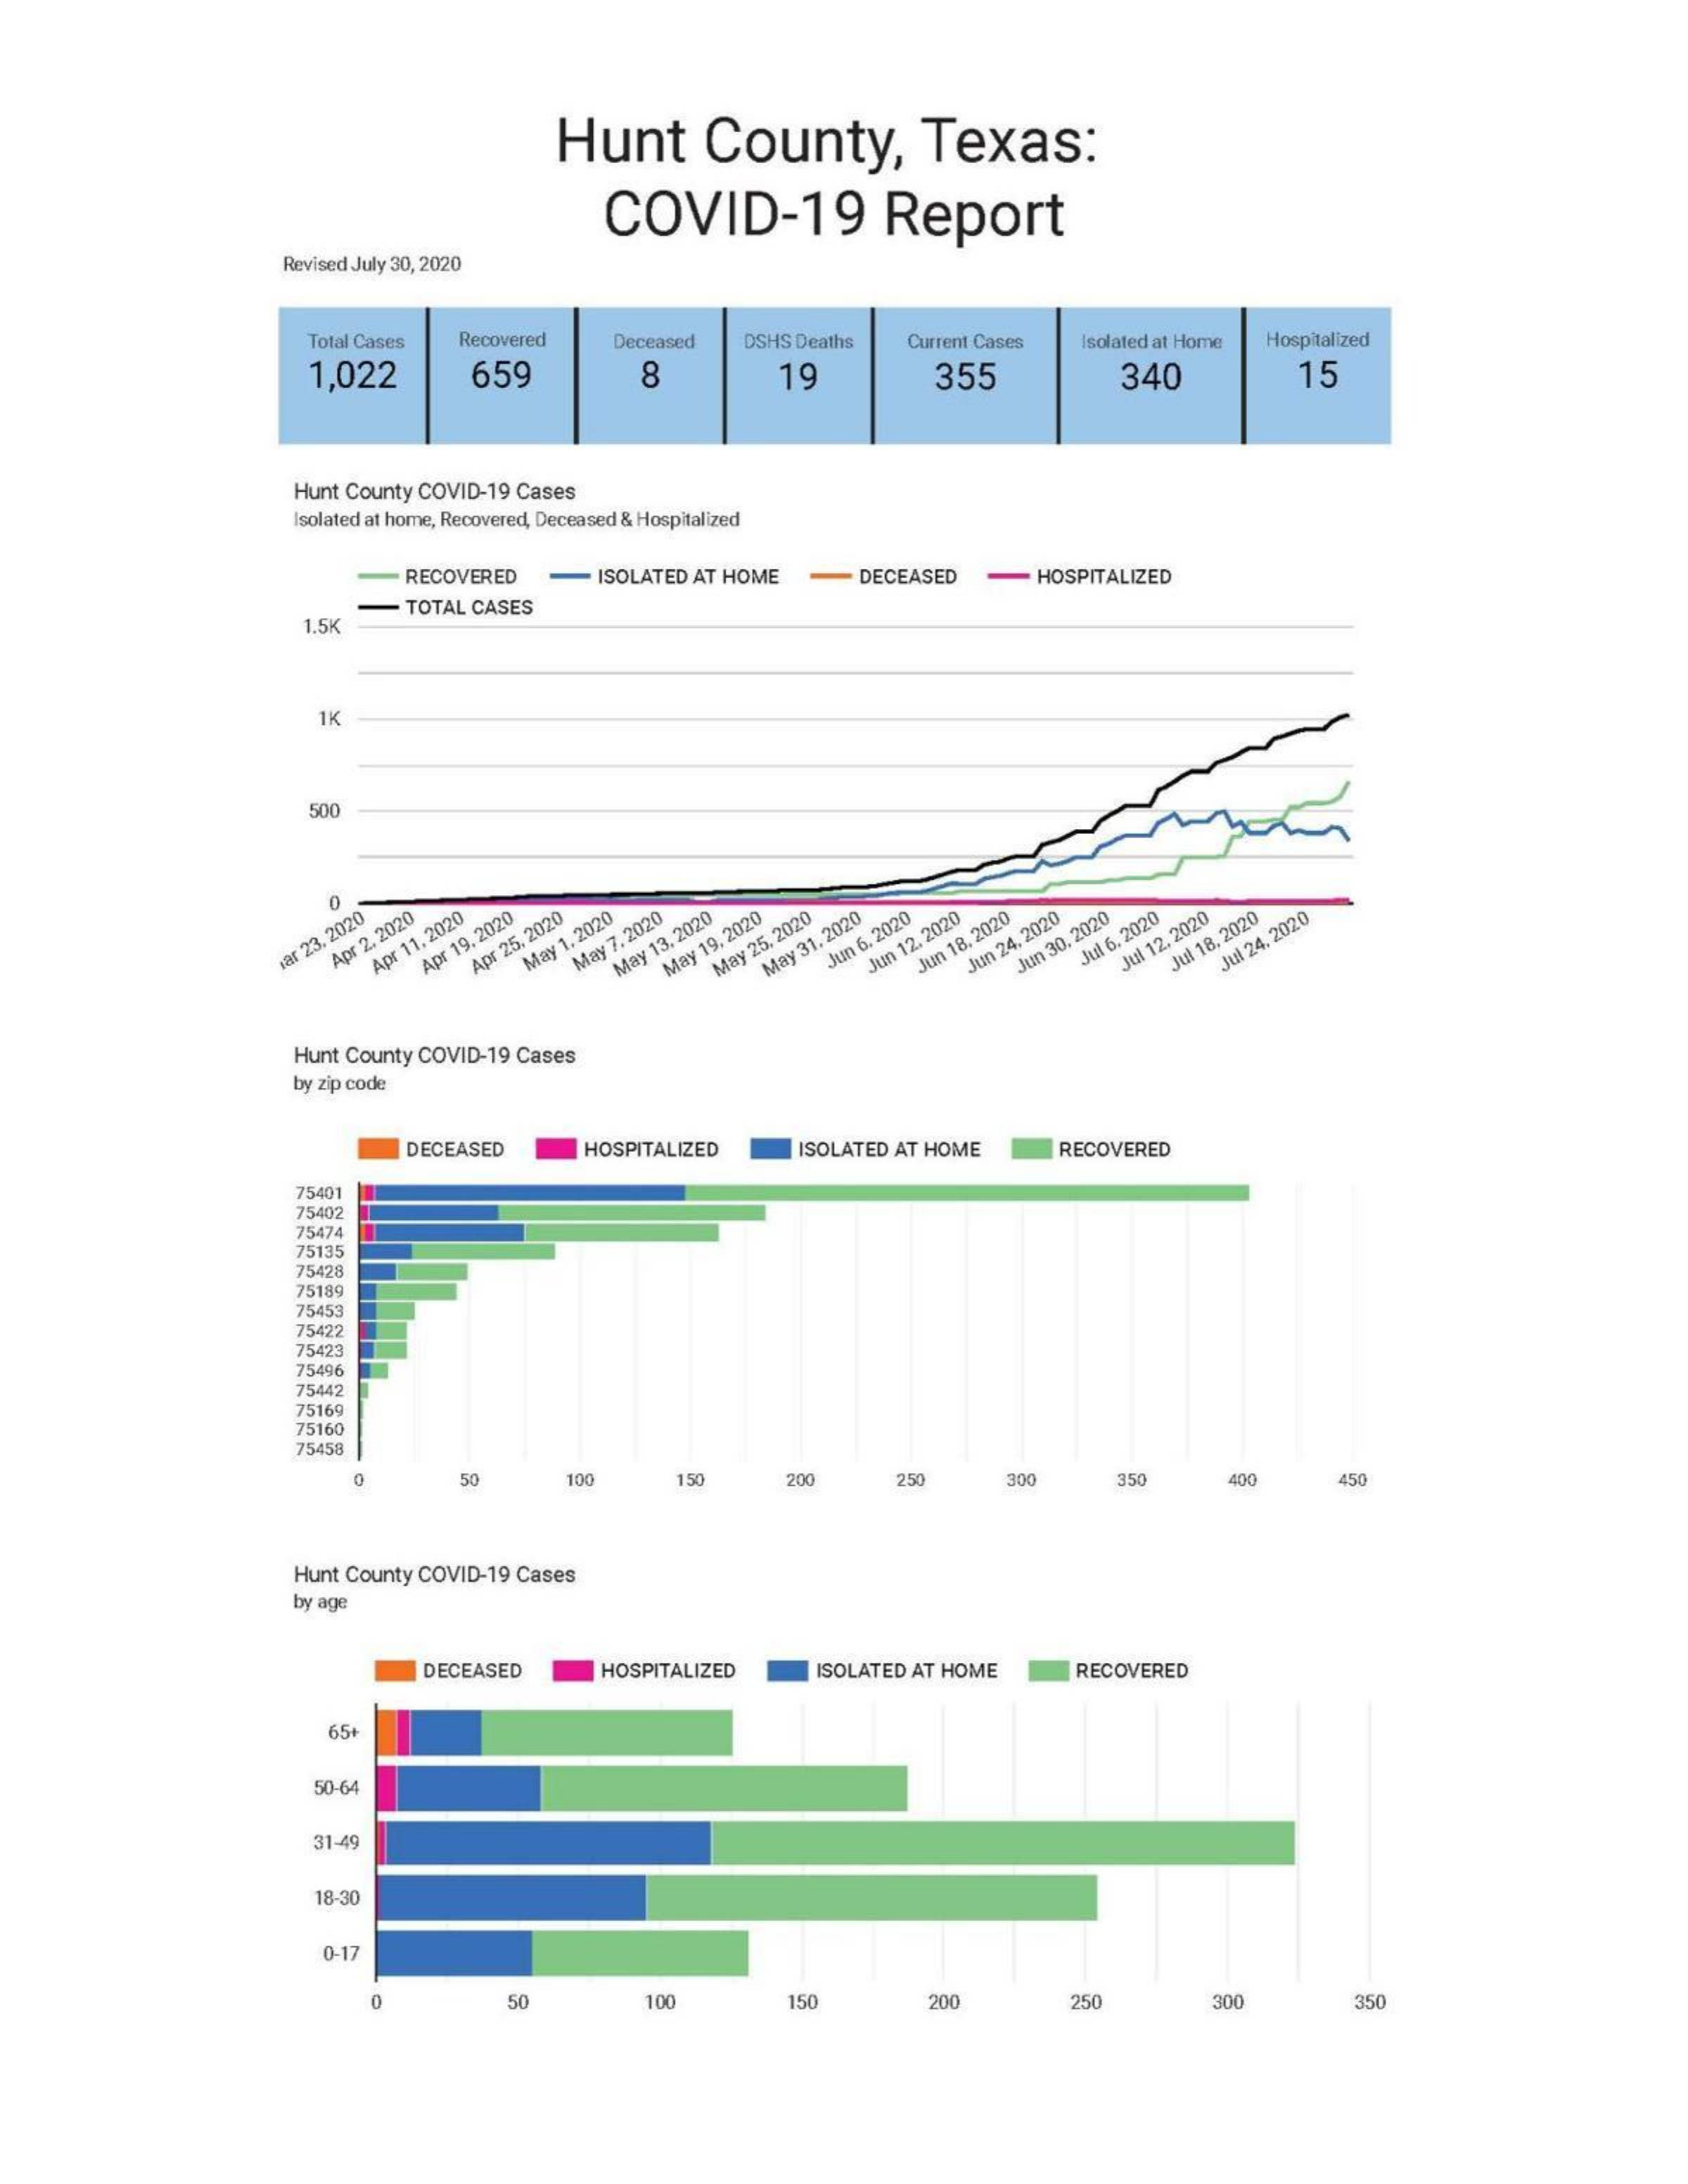
Hunt    County,    Texas:
     COVID-19    Report
     Revised July 30, 2020
     Total Cases Recovered Deceased DSHS Deaths Current Cases Isolated at Home Hospitalized
     1,022    659    8    19    355    340    15
     Hunt County COVID-19 Cases
     Isolated at home, Recovered, Deceased & Hospitalized
     RECOVERED -  ISOLATED AT HOME   DECEASED    HOSPITALIZED
     1.5K
     TOTAL CASES
     1K
     500
     Apr
     2.
     2020
     war
     23.
     2020
     Apr
     11.2020
     Apr
     25,
     2020
     Apr
     19.2020
     May
     7.
     2020
     May
     1.2020
     May
     19,
     2020
     May
     13.2020
     May
     31.2020
     May
     25,
     2020
     Jun
     6.
     2020
     Jun
     12.2020
     Jun
     24,
     2020
     Jun
     18.2020
     Jul
     6.
     2020
     Jun
     30.
     2020
     Jul
     24.
     2020
     Jul 18.
     2020
     Jul 12.
     2020
     Hunt County COVID-19 Cases
     by zip code
     DECEASED    HOSPITALIZED   ISOLATED AT HOME  RECOVERED
     75401
     75402
     75474
     75135
     75428
     75189
     75453
     75422
     75423
     75496
     75442
     75169
     75160
     75450
     50    100    150    200    250    300    450
     Hunt County COVID-19 Cases
     by age
     DECEASED    HOSPITALIZED   ISOLATED AT HOME  RECOVERED
     65+
     50-64
     31-4
     18-30
     0-17
     50    100    150    200    250    300    350